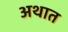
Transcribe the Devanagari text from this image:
अथात